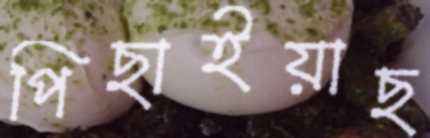
পিছাইয়াছ